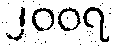
၂၀၀၇